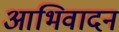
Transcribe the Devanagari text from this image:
आभिवादन